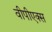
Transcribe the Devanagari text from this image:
वीपीएक्स